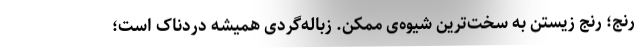
رنج؛ رنج زیستن به سخت‌ترین شیوه‌ی ممکن. زباله‌گردی همیشه دردناک است؛